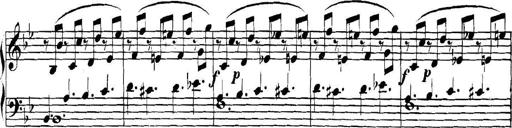
Title: Collected Piano Sonatas
Composer: Muzio Clementi